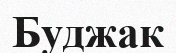
Буджак